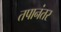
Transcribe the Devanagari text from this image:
तपानंतर